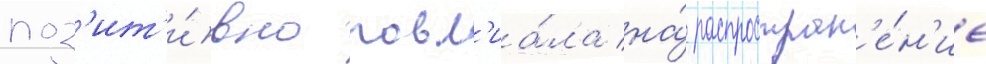
поз'ит'и́вно повл'иа́ла на́ распростран'е́н'ие